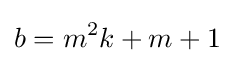
b=m^{2}k+m+1